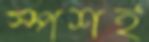
স্পর্শই